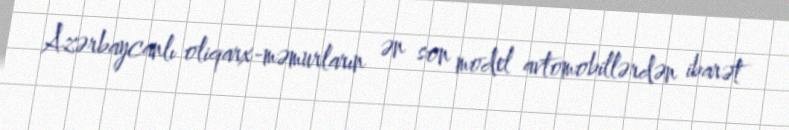
Azərbaycanlı oliqarx-məmurların ən son model avtomobillərdən ibarət